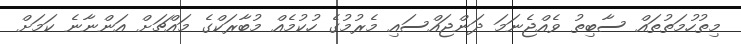
މިތުހުމަތުތައް ސާބިތު ވެއްޖެނަމަ ދަންޖައްސައި މެރުމުގެ ހުކުމެއް މުބާރަކްގެ މައްޗަށް އަންނާނެ ކަމަށް